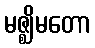
မဇ္ဈိမတော